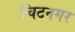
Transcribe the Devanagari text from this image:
चिटनगर